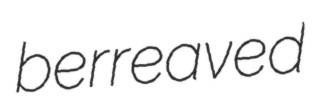
berreaved